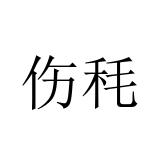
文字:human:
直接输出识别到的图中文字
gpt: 伤秏